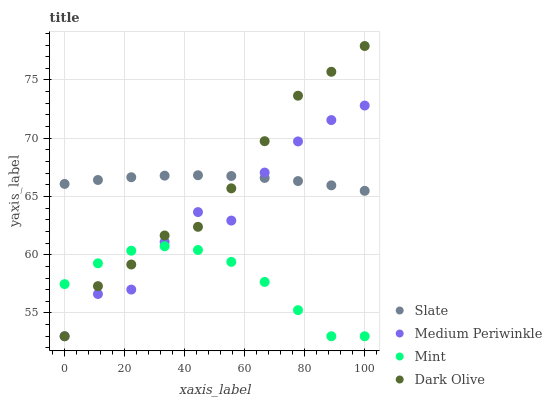
| xaxis_label | Slate | Medium Periwinkle | Mint | Dark Olive |
 | --- | --- | --- | --- | --- |
 | 0 | 66.1 | 53 | 57.5 | 53 |
 | 11.1 | 66.4 | 56.6 | 59.3 | 57.3 |
 | 22.2 | 66.7 | 57 | 60.3 | 59.2 |
 | 33.3 | 66.8 | 61.1 | 60.7 | 61.6 |
 | 44.4 | 66.8 | 63.7 | 60.4 | 62.4 |
 | 55.6 | 66.8 | 62.9 | 59.4 | 65.7 |
 | 66.7 | 66.6 | 67.1 | 57.7 | 69.7 |
 | 77.8 | 66.3 | 69.7 | 55.2 | 73.7 |
 | 88.9 | 66 | 71.6 | 53 | 75.7 |
 | 100 | 65.5 | 72.8 | 53 | 77.9 |